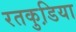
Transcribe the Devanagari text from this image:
रतकुडि़या